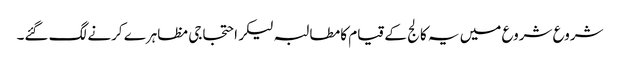
شروع شروع میں یہ کالج کے قیام کا مطالبہ لیکر احتجاجی مظاہرے کرنے لگ گئے۔